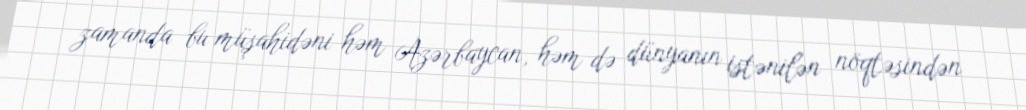
zamanda bu müşahidəni həm Azərbaycan, həm də dünyanın istənilən nöqtəsindən